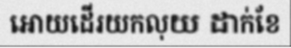
អោយដើរយកលុយ ដាក់ខែ